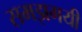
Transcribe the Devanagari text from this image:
समझगयी